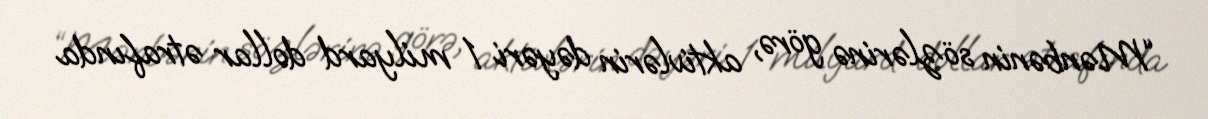
“Mənbənin sözlərinə görə, aktivlərin dəyəri 1 milyard dollar ətrafında